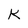
Character: k